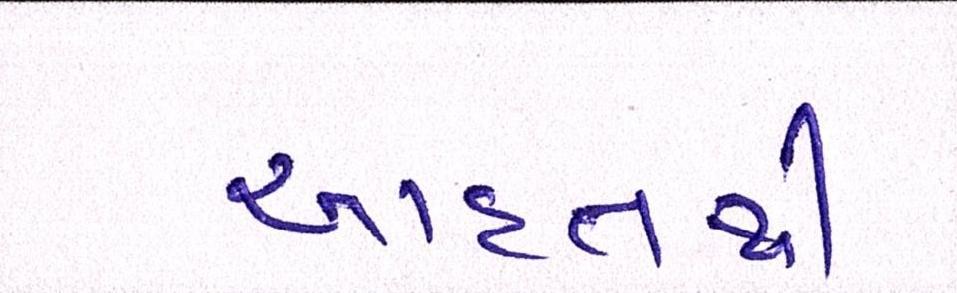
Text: આદતથી